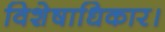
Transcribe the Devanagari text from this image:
विशेषाधिकार।